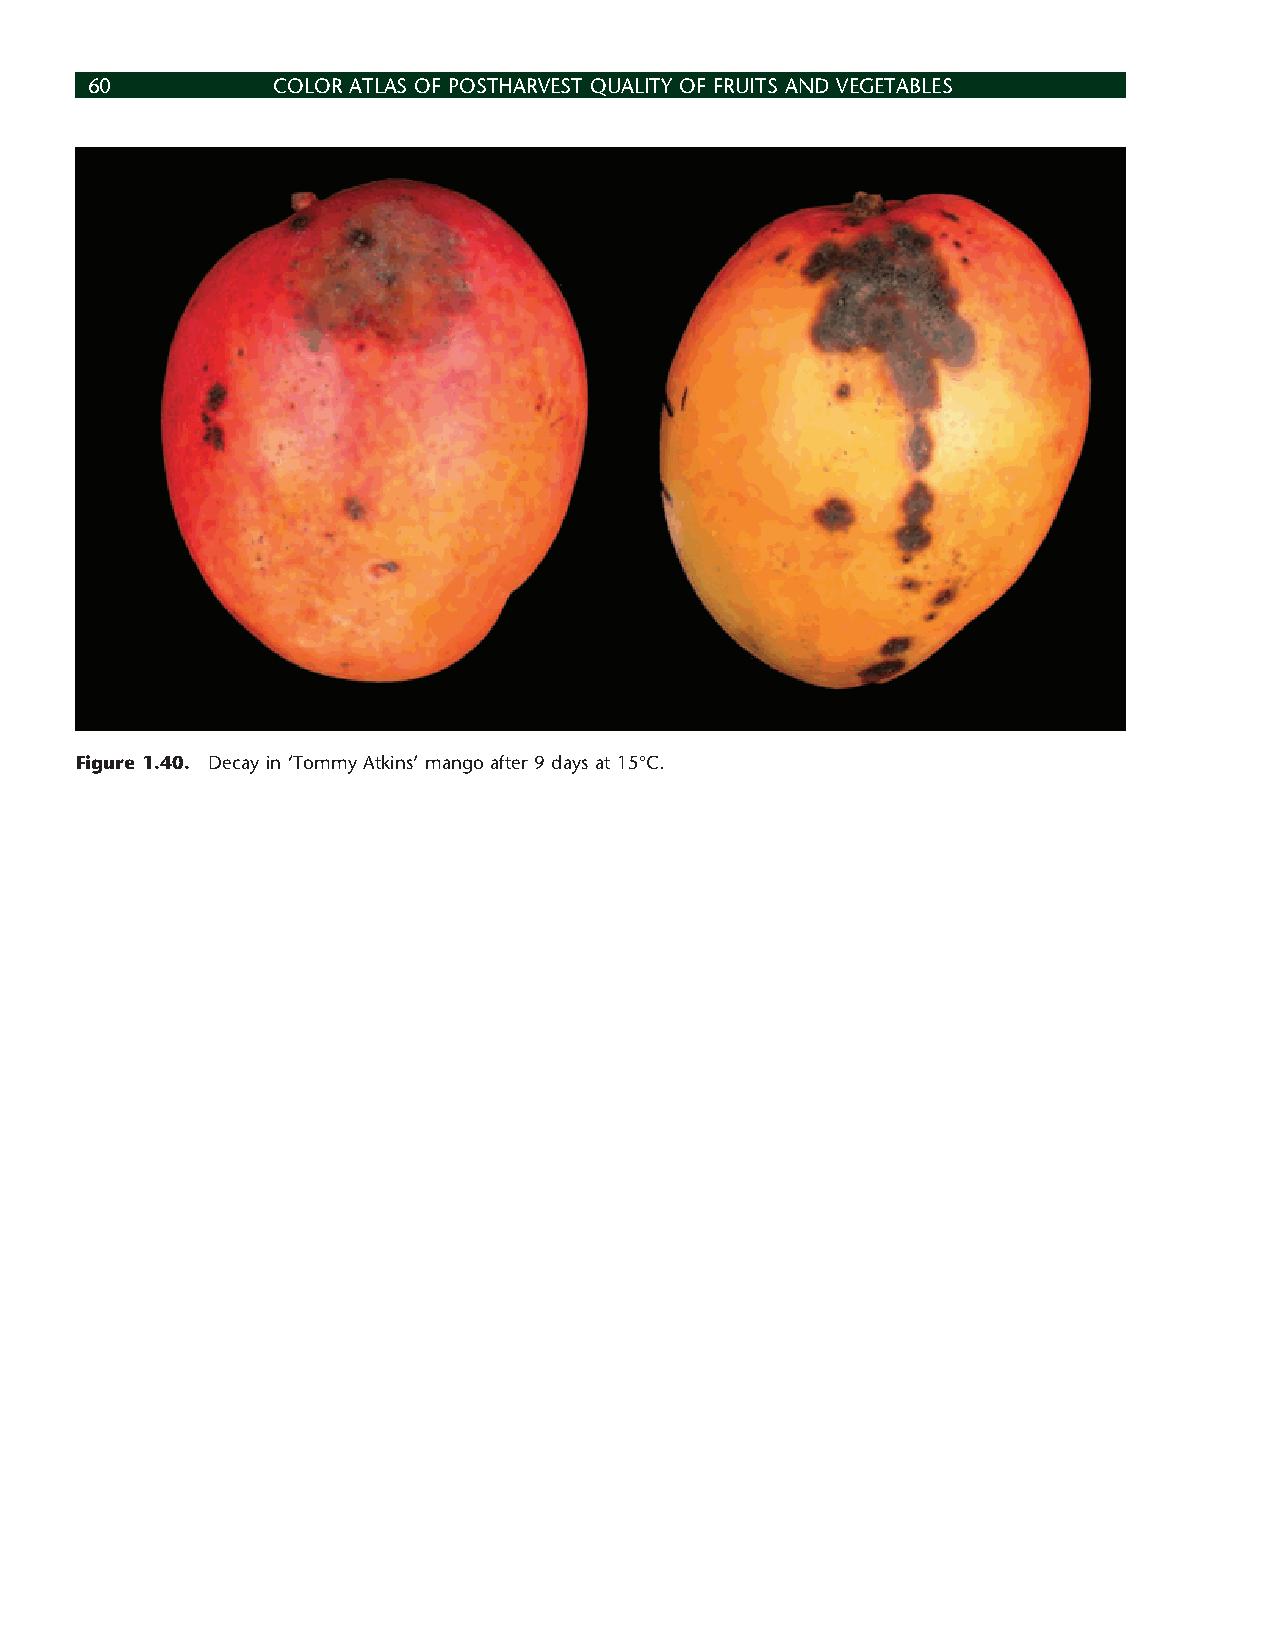
60          COLOR ATLAS OF POSTHARVEST QUALITY OF FRUITS AND VEGETABLES
 Figure 1.40. Decay in ‘Tommy Atkins’ mango after 9 days at 15°C.